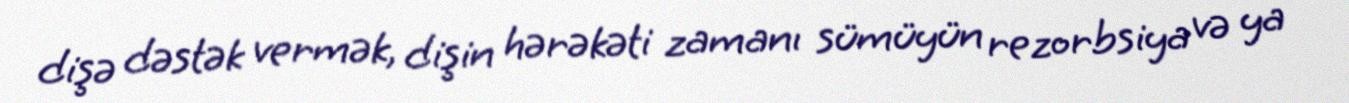
dişə dəstək vermək, dişin hərəkəti zamanı sümüyün rezorbsiya və ya